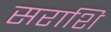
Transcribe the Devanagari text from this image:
सराशि